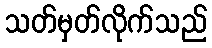
သတ်မှတ်လိုက်သည်